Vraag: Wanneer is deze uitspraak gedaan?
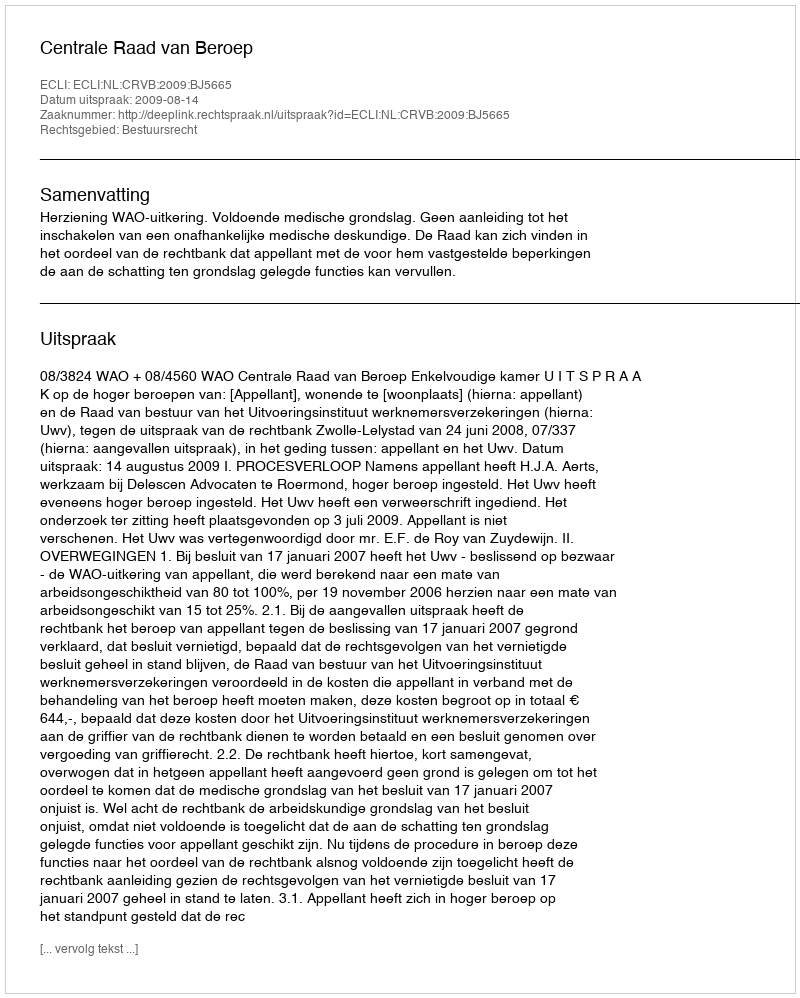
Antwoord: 2009-08-14